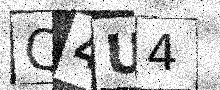
Text: Q4U4